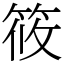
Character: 筱